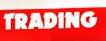
trading